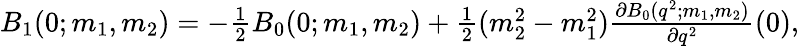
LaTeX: \begin{array}{r}{B_{1}(0;m_{1},m_{2})=-\frac{1}{2}B_{0}(0;m_{1},m_{2})+\frac{1}{2}(m_{2}^{2}-m_{1}^{2})\frac{\partial B_{0}(q^{2};m_{1},m_{2})}{\partial q^{2}}(0),}\end{array}